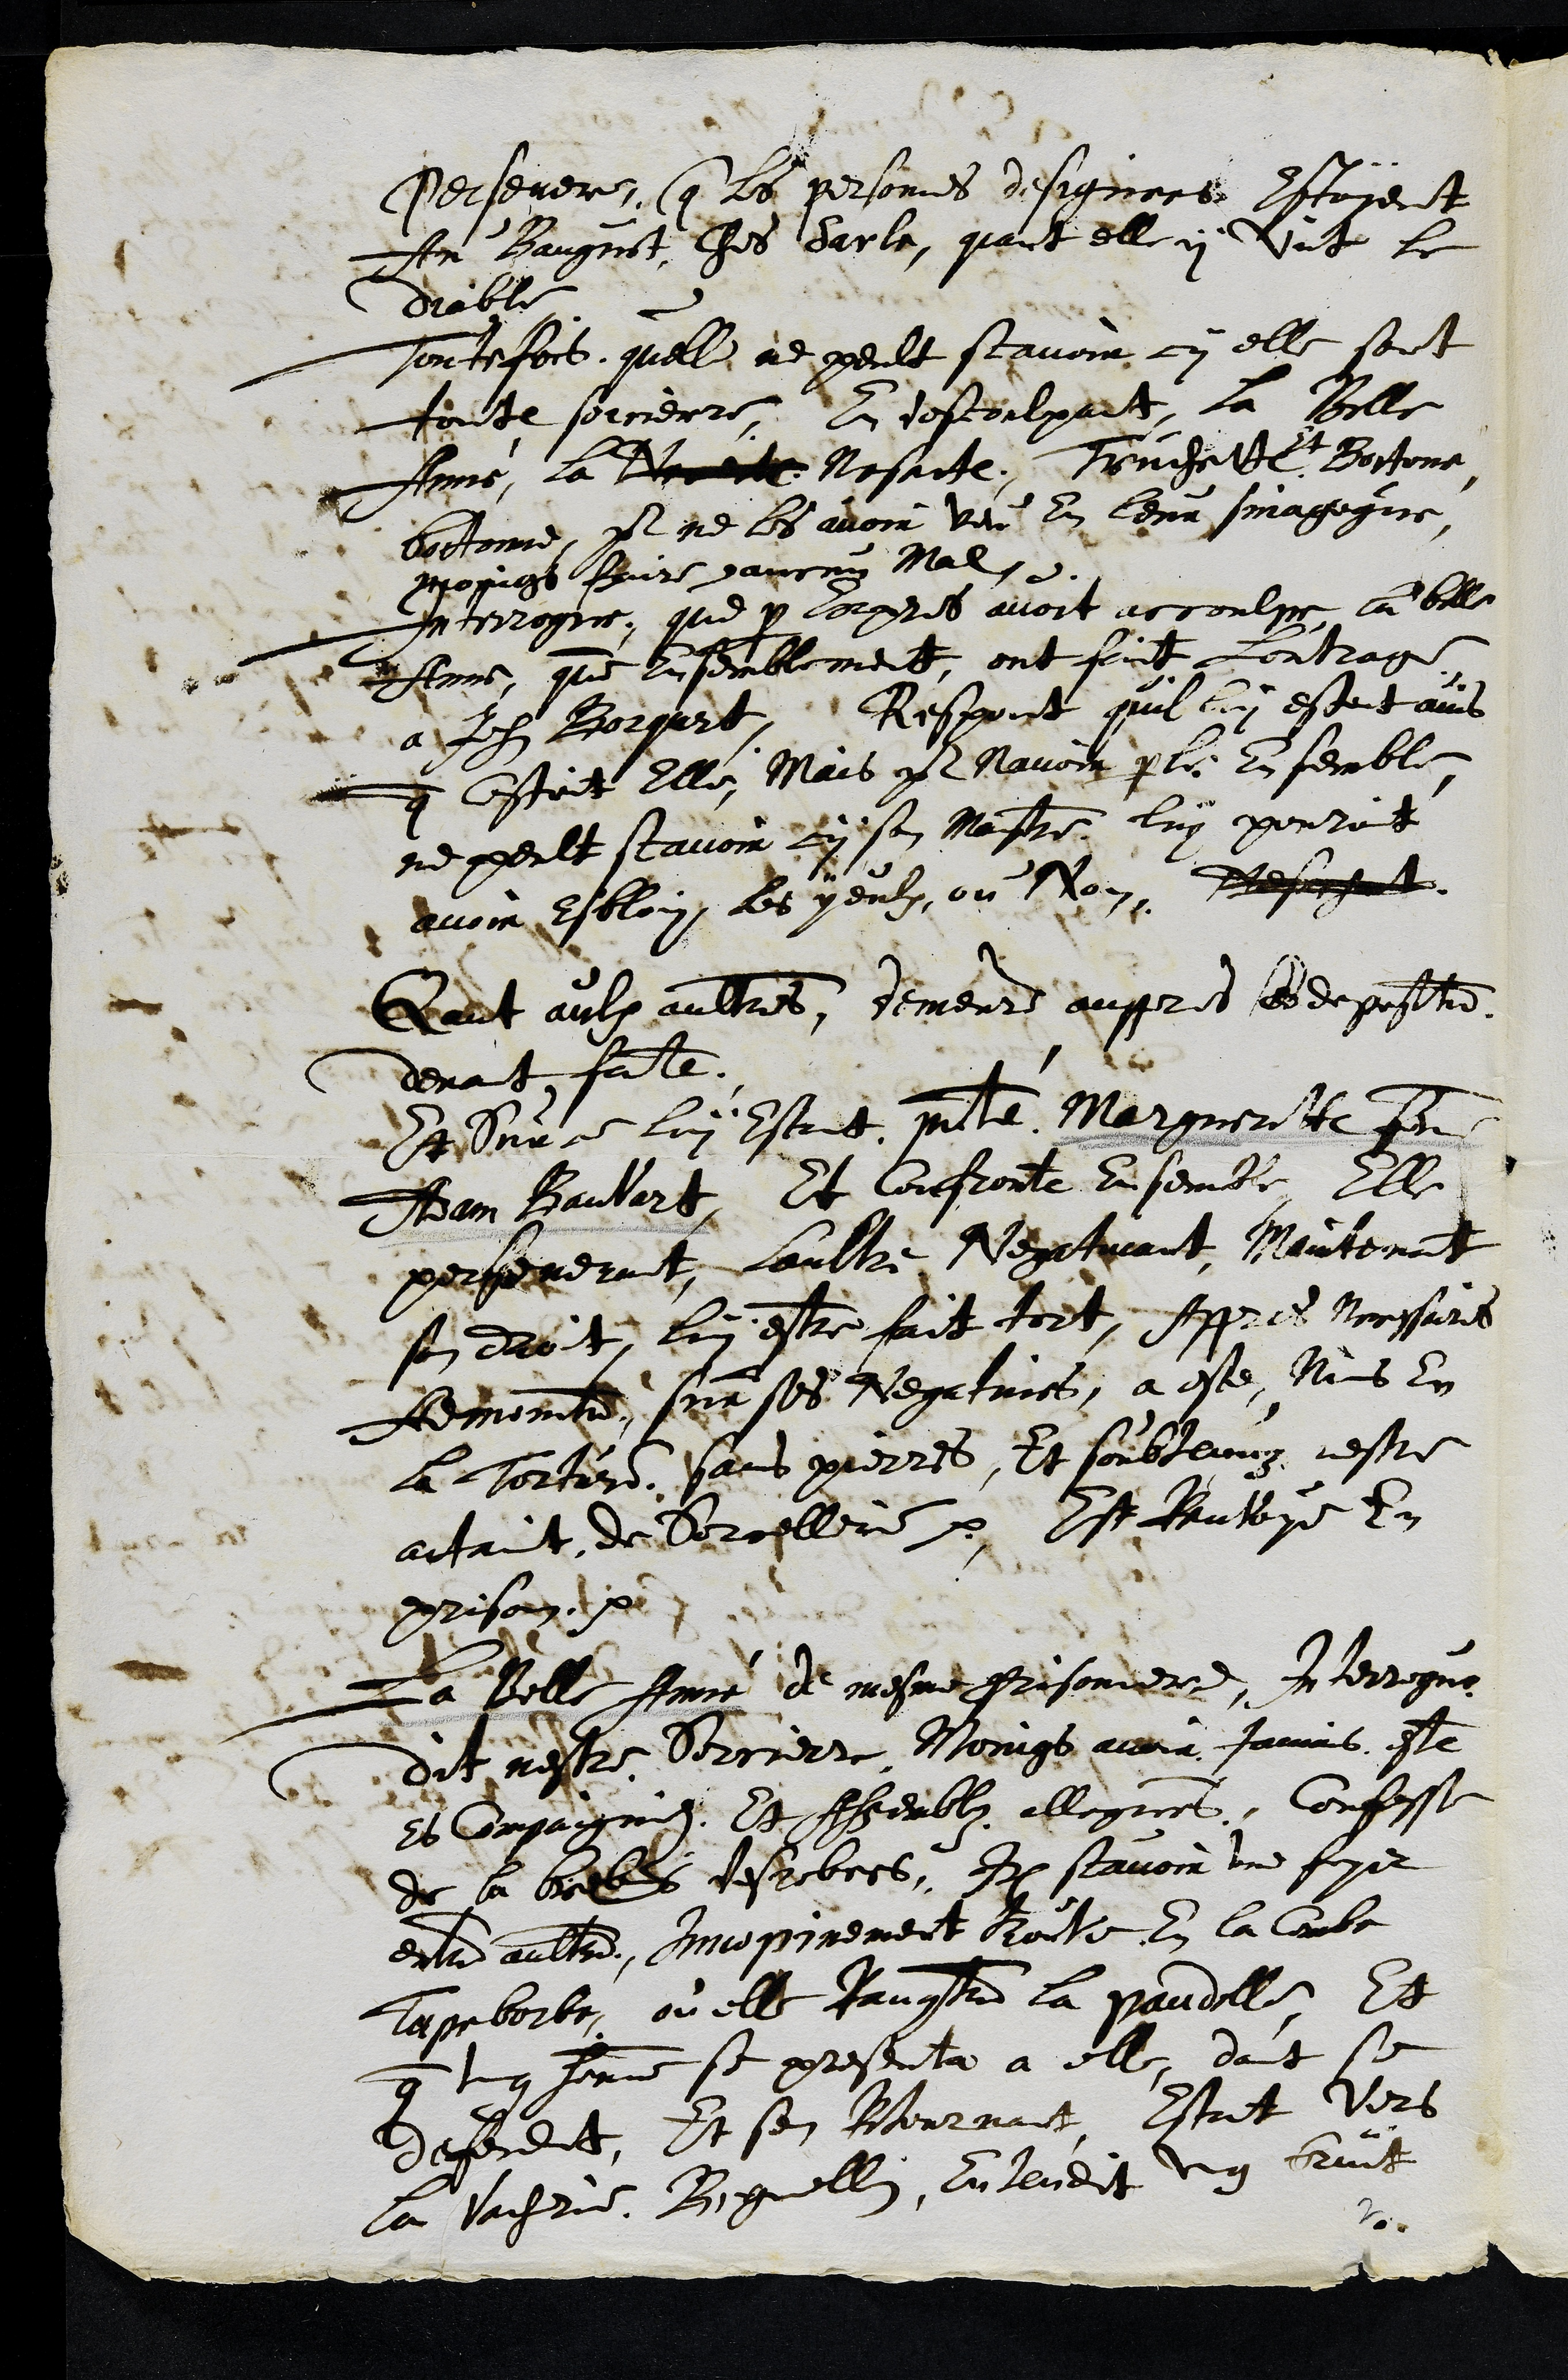
Persevere Que les personnes designee estoient
Au Baugnot ches Sarle, quant elle y vit le
diable
Toutefois quelle ne peult scavoir cy elle sont
toute sorcierre, En descoulpant la Belle
Anné, la Nereitte Nesatte, Truchette
et
Bortone
botonne, pr ne les avoir veu en leur sinagogue
moings faire aucun mal
Interrogue, que par Expres avoit accoulpe la belle
Anne comme Ensemblement ont fait loutrage
a Jehan Borqart Respont quil luy estoit avis
que cestoit elle, Mais pr navoir parle ensemble
ne peult scavoir cy son Maistre luy pouroit
avoir esbloui les yeulx ou non Meschant
Qant aulx aultres, demeure auppres ses depositions
devant faitte.
Sur ce luy estant presenté Margueritte femme
Adam Banvart, Et confronte ensemble, Elle
perseverant, laultre Negativant Maintenant
son droit lui estre fait tort, Appres Necessaires
Admonition sur ses Negatives, a este menes en
la torture sans pierres, Et soubtenuez nestre
actaint de sorcellerie. Et Renvoyé en
prison.
La Belle Anné de mesme prisonniere, Interrogue
dit nestre sorcierre Moings avoir Jamais este
es Compaignies Et Assemblez allegues, Confesse
de la brebis desrobees. Item scavoir une foys
entre aultre Innopinement trouve en la Combe
Tapeborbe, ou elle Rencontra la Paudelle, Et
que ung homme se presenta a elle, dont se
defendit, Et sen retournant estant vers
la vacherie Beguellin, entendit ung bruit
2